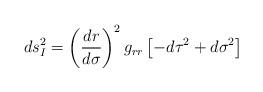
LaTeX: \begin{align*}ds_{I}^{2} = \left ( \frac{dr}{d\sigma} \right )^{2} g_{rr}\left [ -d\tau^{2} + d\sigma^{2} \right ]\end{align*}